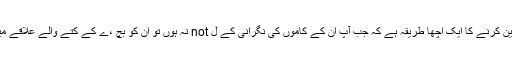
اس بات کا یقین کرنے کا ایک اچھا طریقہ ہے کہ جب آپ ان کے کاموں کی نگرانی کے ل not نہ ہوں تو ان کو بچ ،ے کے کتے والے علاقے میں رکھنا ہے۔